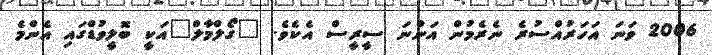
2006 ވަނަ އަހަރުއްސުރެ ނެރެމުން އަންނަ ސީރީސް އެކެވެ. "ގޯލްމާލް"އަކީ ބޮލީވުޑްގައި އެންމެ